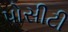
પોસીટી